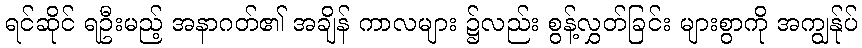
ရင်ဆိုင် ရဦးမည့် အနာဂတ်၏ အချိန် ကာလများ ၌လည်း စွန့်လွှတ်ခြင်း များစွာကို အကျွန်ုပ်